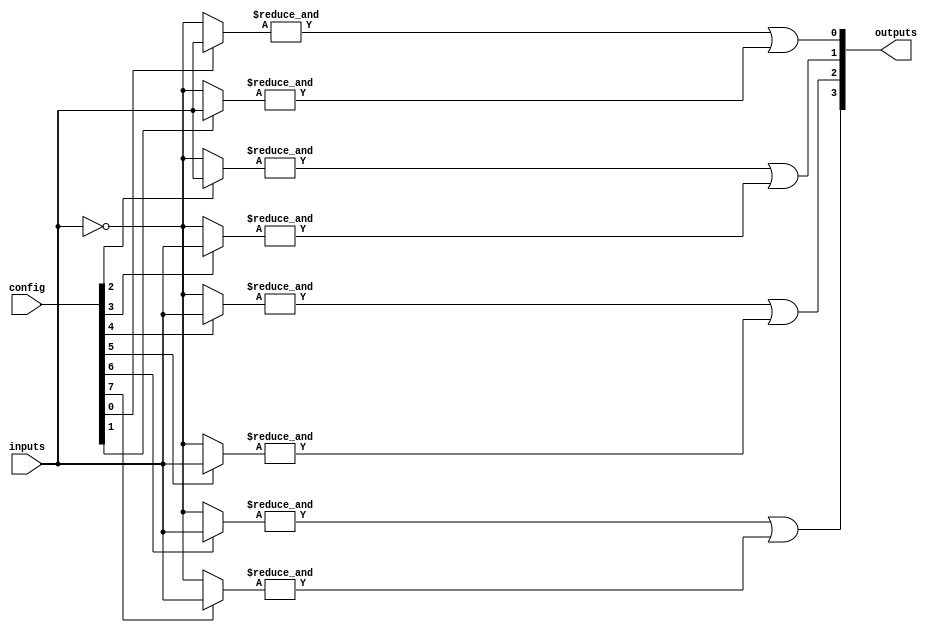
module GAL (
    input wire [N-1:0] inputs,          // N input signals
    input wire [M-1:0] config,          // Configuration signals for AND gates
    output wire [P-1:0] outputs         // P output signals
);
    parameter N = 8;                    // Number of inputs
    parameter M = 16;                   // Number of AND gates
    parameter P = 4;                    // Number of outputs

    // Internal signals for AND gate outputs
    wire [M-1:0] and_out;

    // Programmable AND array
    genvar i;
    generate
        for (i = 0; i < M; i = i + 1) begin : and_array
            wire [N-1:0] and_inputs;
            assign and_inputs = config[i] ? inputs : ~inputs; // Example configuration
            assign and_out[i] = &and_inputs; // AND operation
        end
    endgenerate

    // Fixed OR array
    wire [P-1:0] or_out;
    assign or_out[0] = and_out[0] | and_out[1]; // Example OR connections
    assign or_out[1] = and_out[2] | and_out[3];
    assign or_out[2] = and_out[4] | and_out[5];
    assign or_out[3] = and_out[6] | and_out[7];

    // Output assignments
    assign outputs = or_out;

endmodule